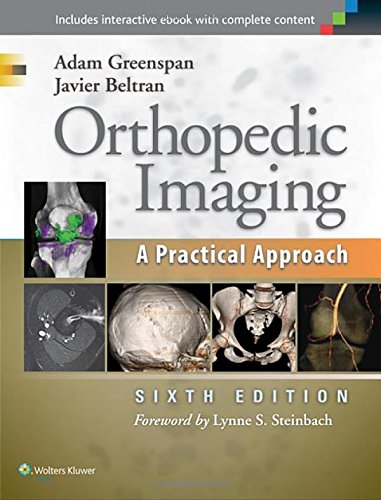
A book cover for Orthopedic Imaging: A Practical Approach; Adam Greenspan M.D.  FACR; Medical Books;